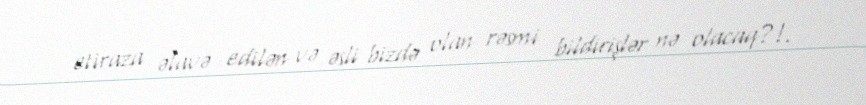
etiraza əlavə edilən və əsli bizdə olan rəsmi bildirişlər nə olacaq?!.